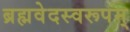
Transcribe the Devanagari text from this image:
ब्रह्मवेदस्वरूपम्